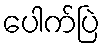
ပေါက်ပြဲ